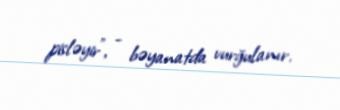
pisləyir", - bəyanatda vurğulanır.